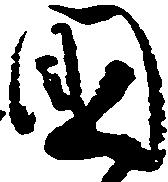
国